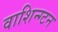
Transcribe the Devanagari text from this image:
वाशिन्ग्टन